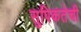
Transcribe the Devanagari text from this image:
सुपिकतेची